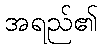
အရည်၏